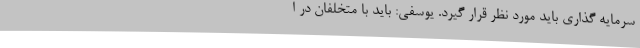
سرمایه گذاری باید مورد نظر قرار گیرد. یوسفی: باید با متخلفان در ا